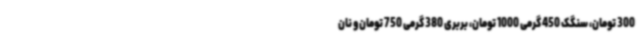
300 تومان، سنگک 450 گرمی 1000 تومان، بربری 380 گرمی 750 تومان و نان